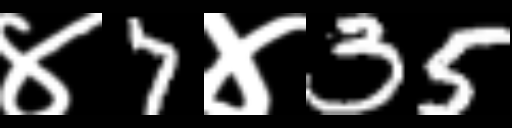
Text: ४7४35